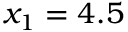
x _ { 1 } = 4 . 5